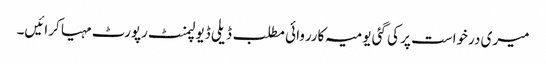
میری درخواست پر کی گئی یومیہ کارروائی مطلب ڈیلی ڈیولپمنٹ رپورٹ مہیا کرائیں۔